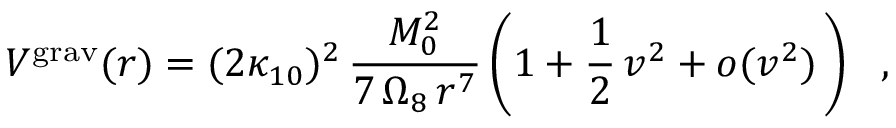
V ^ { \mathrm { g r a v } } ( r ) = ( 2 \kappa _ { 1 0 } ) ^ { 2 } \, { \frac { M _ { 0 } ^ { 2 } } { 7 \, \Omega _ { 8 } \, r ^ { 7 } } } \left( 1 + \frac { 1 } { 2 } \, v ^ { 2 } + o ( v ^ { 2 } ) \, \right) ~ ~ ,